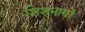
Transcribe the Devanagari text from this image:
शिशुनागों